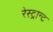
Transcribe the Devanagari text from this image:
रेस्ट्रान्ट